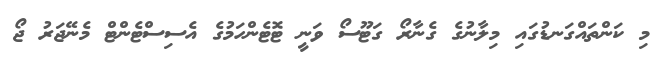
މި ކަންތައްގަނޑުގައި މިލާނުގެ ގެނާރޯ ގަޓޫސޯ ވަނީ ޓޮޓެންހަމުގެ އެސިސްޓެންޓް މެނޭޖަރު ޖޯ